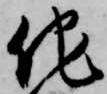
他